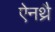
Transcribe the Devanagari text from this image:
ऐनथ्रै